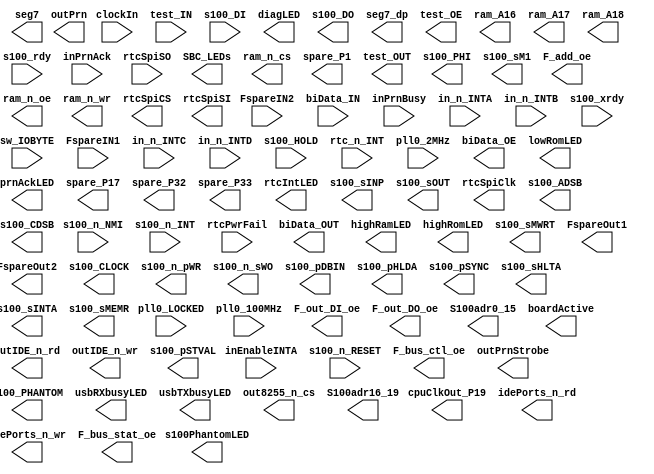

// Efinity Top-level template
// Version: 2022.1.226

// Copyright (C) 2017 - 2022 Efinix Inc. All rights reserved.

// This file may be used as a starting point for Efinity synthesis top-level target.
// The port list here matches what is expected by Efinity constraint files generated
// by the Efinity Interface Designer.

// To use this:
//     #1)  Save this file with a different name to a different directory, where source files are kept.
//              Example: you may wish to save as C:\s100projects\T35SBC_extRAM_6\T35SBC_extRAM_6.v
//     #2)  Add the newly saved file into Efinity project as design file
//     #3)  Edit the top level entity in Efinity project to:  T35SBC_extRAM_6
//     #4)  Insert design content.


module T35SBC_extRAM_6
(
  input FspareIN2,
  input [7:0] biData_IN,
  input clockIn,
  input inPrnBusy,
  input in_n_INTA,
  input in_n_INTB,
  input s100_n_NMI,
  input s100_rdy,
  input s100_xrdy,
  input [7:0] sw_IOBYTE,
  input test_IN,
  input pll0_LOCKED,
  input FspareIN1,
  input inEnableINTA,
  input inPrnAck,
  input in_n_INTC,
  input in_n_INTD,
  input [7:0] s100_DI,
  input s100_HOLD,
  input s100_n_INT,
  input s100_n_RESET,
  input rtcPwrFail,
  input rtcSpiSO,
  input rtc_n_INT,
  input pll0_100MHz,
  input pll0_2MHz,
  output F_bus_ctl_oe,
  output F_out_DI_oe,
  output F_out_DO_oe,
  output [15:0] S100adr0_15,
  output [7:0] SBC_LEDs,
  output [7:0] biData_OUT,
  output [7:0] biData_OE,
  output diagLED,
  output highRamLED,
  output highRomLED,
  output lowRomLED,
  output outPrnStrobe,
  output [7:0] outPrn,
  output prnAckLED,
  output ram_n_cs,
  output s100PhantomLED,
  output [7:0] s100_DO,
  output s100_PHANTOM,
  output s100_sMWRT,
  output [6:0] seg7,
  output seg7_dp,
  output spare_P1,
  output spare_P17,
  output spare_P32,
  output spare_P33,
  output test_OUT,
  output test_OE,
  output usbRXbusyLED,
  output usbTXbusyLED,
  output FspareOut1,
  output FspareOut2,
  output boardActive,
  output cpuClkOut_P19,
  output idePorts_n_rd,
  output idePorts_n_wr,
  output out8255_n_cs,
  output outIDE_n_rd,
  output outIDE_n_wr,
  output rtcIntLED,
  output s100_CLOCK,
  output s100_PHI,
  output s100_n_pWR,
  output s100_n_sWO,
  output s100_pDBIN,
  output s100_pHLDA,
  output s100_pSTVAL,
  output s100_pSYNC,
  output s100_sHLTA,
  output s100_sINP,
  output s100_sINTA,
  output s100_sM1,
  output s100_sMEMR,
  output s100_sOUT,
  output F_add_oe,
  output F_bus_stat_oe,
  output [3:0] S100adr16_19,
  output ram_A16,
  output ram_A17,
  output ram_A18,
  output ram_n_oe,
  output ram_n_wr,
  output rtcSpiCS,
  output rtcSpiClk,
  output rtcSpiSI,
  output s100_ADSB,
  output s100_CDSB
);


endmodule